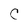
Character: C